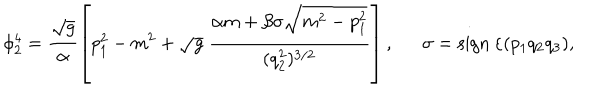
\phi _ { 2 } ^ { 4 } = \frac { \sqrt { g } } { \alpha } \left[ p _ { 1 } ^ { 2 } - m ^ { 2 } + \sqrt { g } ~ \frac { \alpha m + \beta \sigma \sqrt { m ^ { 2 } - p _ { 1 } ^ { 2 } } } { ( q _ { 2 } ^ { 2 } ) ^ { 3 / 2 } } \right] , \sigma = \mathrm { s i g n } ~ \varepsilon ( p _ { 1 } q _ { 2 } q _ { 3 } ) ,